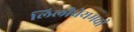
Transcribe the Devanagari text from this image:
लिलीबेयमची